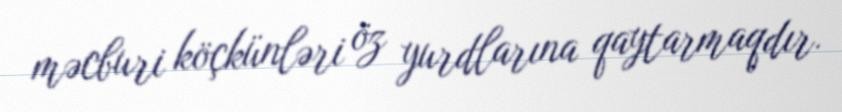
məcburi köçkünləri öz yurdlarına qaytarmaqdır.